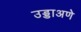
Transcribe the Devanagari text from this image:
उड्डाअणे